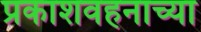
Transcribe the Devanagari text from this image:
प्रकाशवहनाच्या